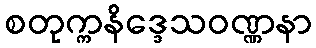
စတုက္ကနိဒ္ဒေသဝဏ္ဏနာ